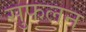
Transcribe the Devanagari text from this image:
सुफलन